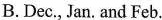
B.Dec., Jan. And Feb.